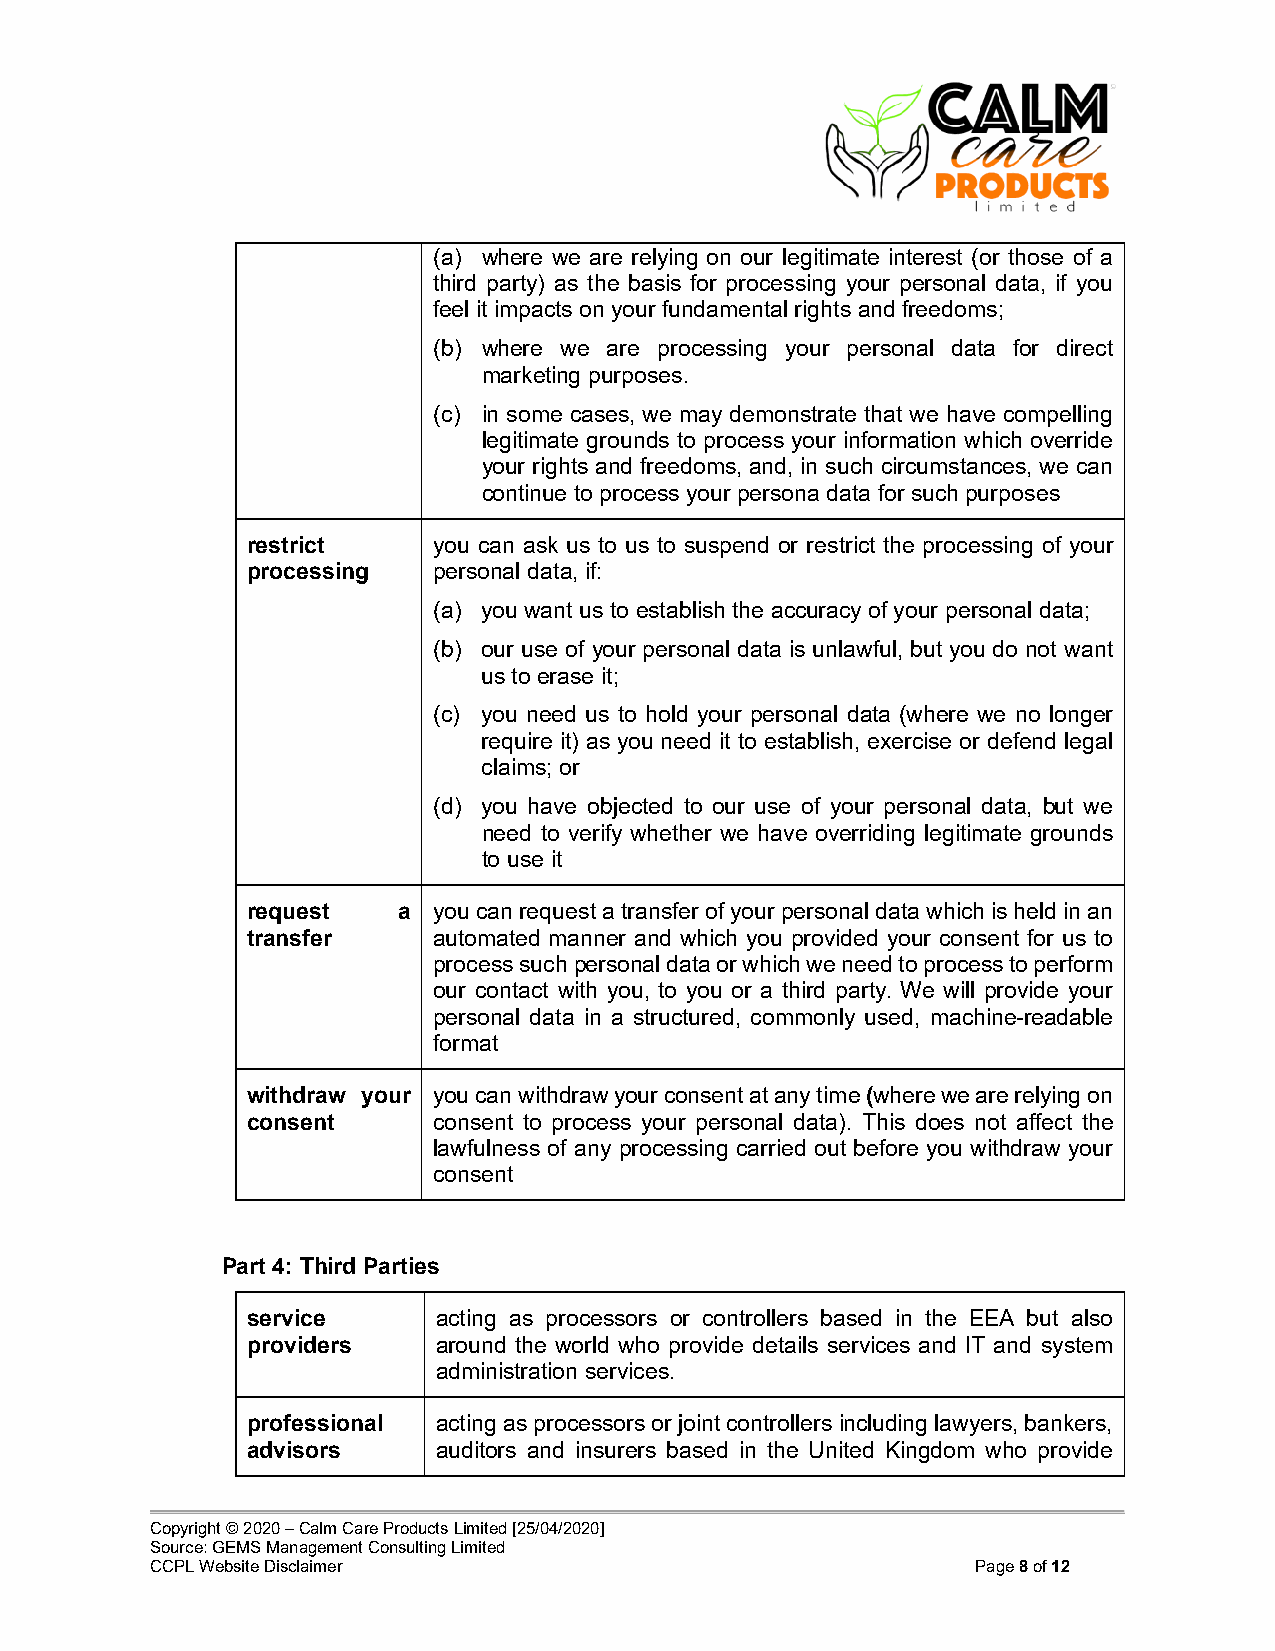
(a) where we are relying on our legitimate interest (or those of a
 third party) as the basis for processing your personal data, if you
 feel it impacts on your fundamental rights and freedoms;
 (b) where we are processing your personal data for direct
 marketing purposes.
 (c) in some cases, we may demonstrate that we have compelling
 legitimate grounds to process your information which override
 your rights and freedoms, and, in such circumstances, we can
 continue to process your persona data for such purposes
 restrict     you can ask us to us to suspend or restrict the processing of your
 processing   personal data, if:
 (a) you want us to establish the accuracy of your personal data;
 (b) our use of your personal data is unlawful, but you do not want
 us to erase it;
 (c) you need us to hold your personal data (where we no longer
 require it) as you need it to establish, exercise or defend legal
 claims; or
 (d) you have objected to our use of your personal data, but we
 need to verify whether we have overriding legitimate grounds
 to use it
 request   a  you can request a transfer of your personal data which is held in an
 transfer     automated manner and which you provided your consent for us to
 process such personal data or which we need to process to perform
 our contact with you, to you or a third party. We will provide your
 personal data in a structured, commonly used, machine-readable
 format
 withdraw your you can withdraw your consent at any time (where we are relying on
 consent      consent to process your personal data). This does not affect the
 lawfulness of any processing carried out before you withdraw your
 consent
 Part 4: Third Parties
 service      acting as processors or controllers based in the EEA but also
 providers    around the world who provide details services and IT and system
 administration services.
 professional acting as processors or joint controllers including lawyers, bankers,
 advisors     auditors and insurers based in the United Kingdom who provide
 Copyright © 2020 – Calm Care Products Limited [25/04/2020]
 Source: GEMS Management Consulting Limited
 CCPL Website Disclaimer                                Page 8 of 12